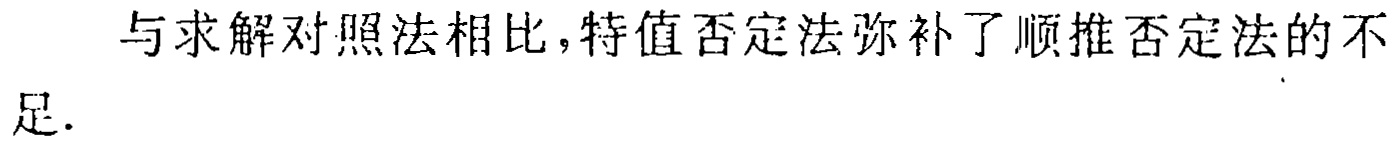
与求解对照法相比，特值否定法弥补了顺推否定法的不
足.